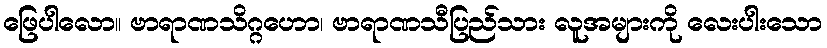
ဖြေပါလော။ ဗာရာဏသိဂ္ဂဟော၊ ဗာရာဏသီပြည်သား လူအများကို လေးပါးသော